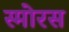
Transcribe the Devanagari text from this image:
स्मोरस